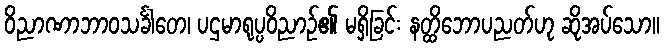
ဝိညာဏာဘာဝသင်္ခါတေ၊ ပဌမာရုပ္ပဝိညာဉ်၏ မရှိခြင်း နတ္ထိဘောပညတ်ဟု ဆိုအပ်သော။